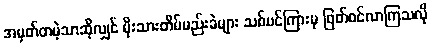
အမှတ်တမဲ့သာဆိုလျှင် မိုးသားတိမ်မည်းခဲများ သစ်ပင်ကြားမှ ဖြတ်ဝင်လာကြသလို